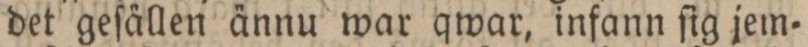
det geſällen ännu war qwar, infann ſig jem=